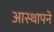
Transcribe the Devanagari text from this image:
आस्थापने